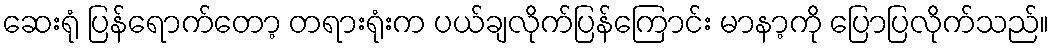
ဆေးရုံ ပြန်ရောက်တော့ တရားရုံးက ပယ်ချလိုက်ပြန်ကြောင်း မာနာ့ကို ပြောပြလိုက်သည်။